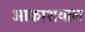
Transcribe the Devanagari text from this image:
आकाशयान